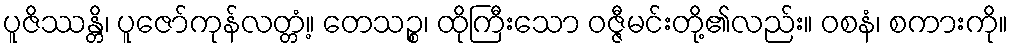
ပူဇိဿန္တိ၊ ပူဇော်ကုန်လတ္တံ့။ တေသဉ္စ၊ ထိုကြီးသော ဝဇ္ဇီမင်းတို့၏လည်း။ ဝစနံ၊ စကားကို။